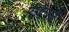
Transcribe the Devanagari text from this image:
छिड़कती